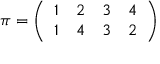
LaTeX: \pi = { \left( \begin{array} { l l l l } { 1 } & { 2 } & { 3 } & { 4 } \\ { 1 } & { 4 } & { 3 } & { 2 } \end{array} \right) }